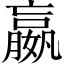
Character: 嬴